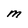
Character: M